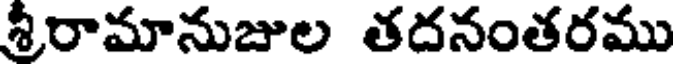
శ్రీరామానుజుల తదనంతరము